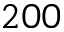
2 0 0